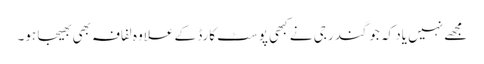
مجھے نہیں یاد کہ جوگندر جی نے کبھی پوسٹ کارڈ کے علاوہ لفافہ بھی بھیجا ہو۔